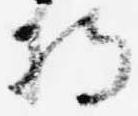
将